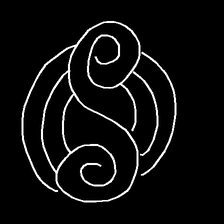
Glyph: wind-underfoot